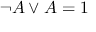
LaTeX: \neg A \lor A = 1